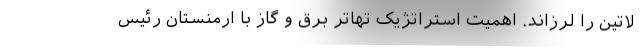
لاتین را لرزاند. اهمیت استراتژیک تهاتر برق و گاز با ارمنستان رئیس